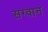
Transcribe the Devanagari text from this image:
सग्वान